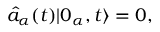
\hat { a } _ { \alpha } ( t ) \vert 0 _ { \alpha } , t \rangle = 0 ,